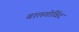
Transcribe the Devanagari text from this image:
बालगोविंद